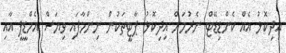
އިދިކޮޅު އެއް ކެންޑިޑޭޓް ނެރުމަށް އިދިކޮޅު ޕާޓީތަކުން ނިންމާފައި ވިޔަސް އެމްޑީޕީ އާއި